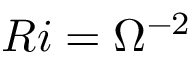
R i = \Omega ^ { - 2 }